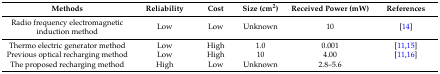
<table><thead><tr><td><b>Methods</b></td><td><b>Reliability</b></td><td><b>Cost</b></td><td><b>Size (cm<sup>2</sup>)</b></td><td><b>Received Power (mW)</b></td><td><b>References</b></td></tr></thead><tbody><tr><td>Radio frequency electromagnetic induction method</td><td>Low</td><td>Low</td><td>Unknown</td><td>10</td><td>[14]</td></tr><tr><td>Thermo electric generator method</td><td>Low</td><td>High</td><td>1.0</td><td>0.001</td><td>[11,15]</td></tr><tr><td>Previous optical recharging method</td><td>Low</td><td>High</td><td>10</td><td>4.00</td><td>[11,16]</td></tr><tr><td>The proposed recharging method </td><td>High</td><td>Low</td><td>Unknown</td><td>2.8–5.6</td><td></td></tr></tbody></table>